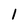
Character: 1